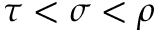
\tau < \sigma < \rho